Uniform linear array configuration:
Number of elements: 24
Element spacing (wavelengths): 1
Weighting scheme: blackman
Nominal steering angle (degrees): -60
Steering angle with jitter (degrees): -60.874
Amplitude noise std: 0.05
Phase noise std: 0.05

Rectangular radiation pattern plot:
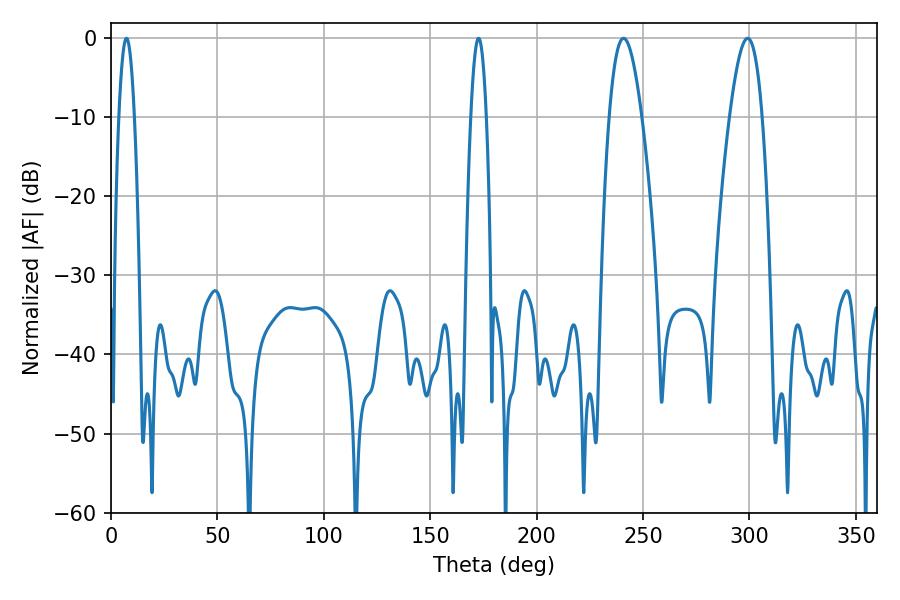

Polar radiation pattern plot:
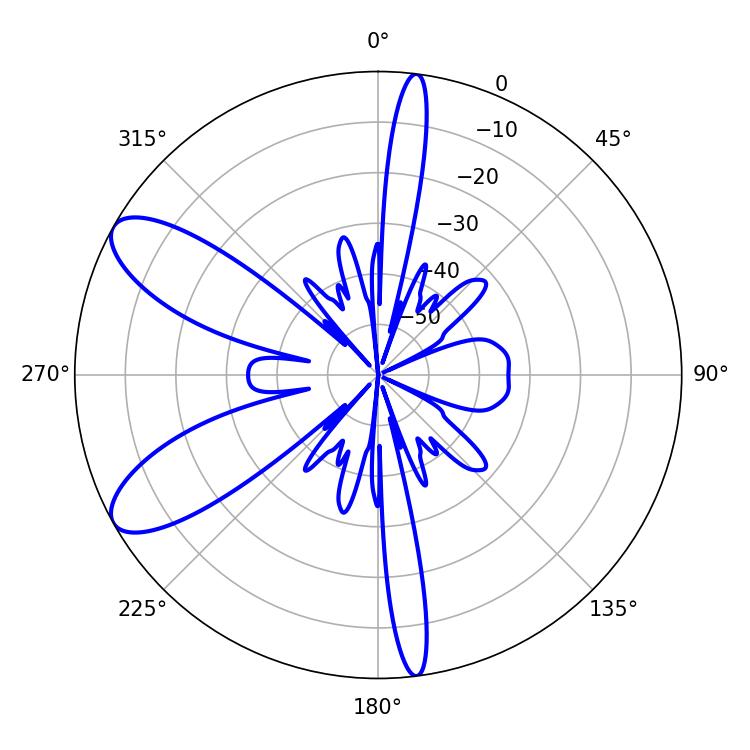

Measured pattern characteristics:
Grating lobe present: TRUE
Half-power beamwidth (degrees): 8.46
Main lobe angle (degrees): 240.84